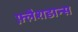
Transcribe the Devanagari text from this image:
फ़्लैशडान्स